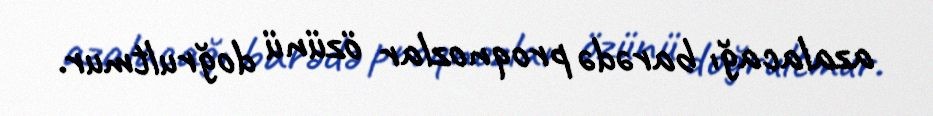
azalacağı barədə proqnozlar özünü doğrultmur.